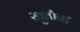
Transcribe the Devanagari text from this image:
खुतौना